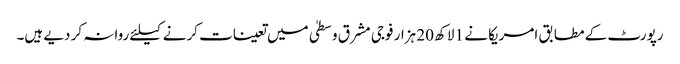
رپورٹ کے مطابق امریکا نے 1 لاکھ 20 ہزار فوجی مشرق وسطیٰ میں تعینات کرنے کیلئے روانہ کر دیے ہیں۔